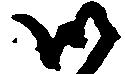
御